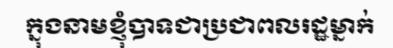
ក្នុងនាមខ្ញុំបាទជាប្រជាពលរដ្ឋម្នាក់